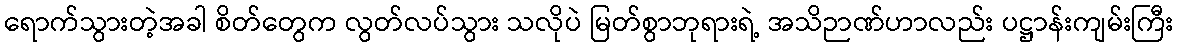
ရောက်သွားတဲ့အခါ စိတ်တွေက လွတ်လပ်သွား သလိုပဲ မြတ်စွာဘုရားရဲ့ အသိဉာဏ်ဟာလည်း ပဋ္ဌာန်းကျမ်းကြီး